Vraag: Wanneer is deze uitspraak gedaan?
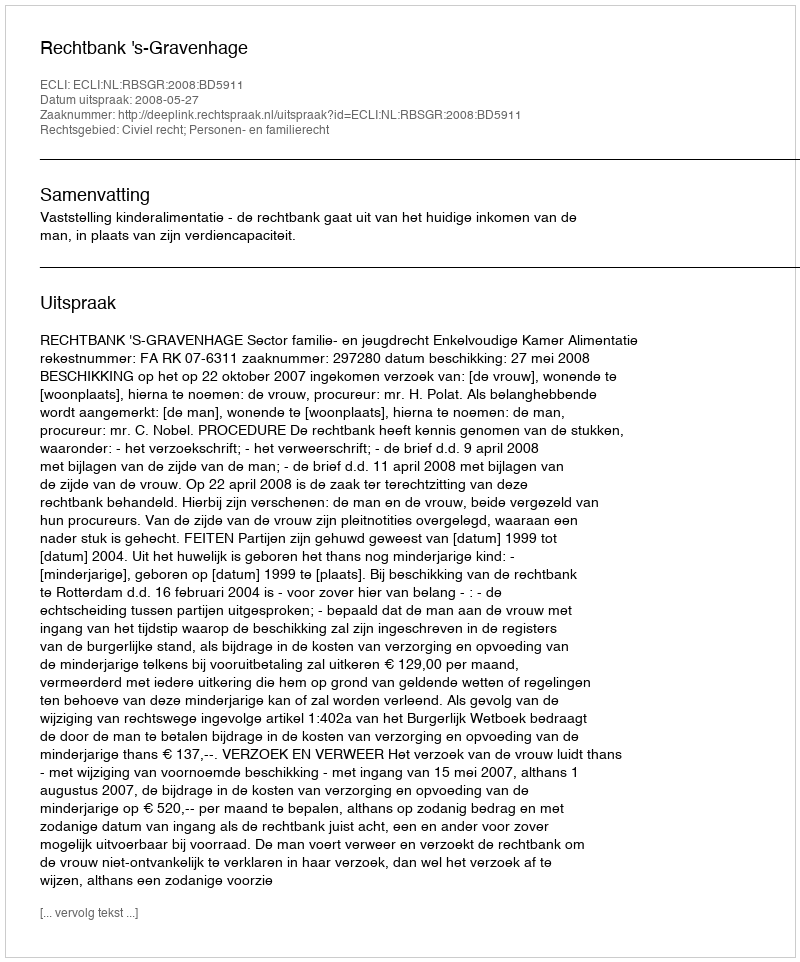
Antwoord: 2008-05-27